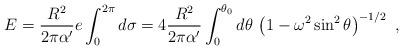
LaTeX: \begin{align*}E = {R^2\over 2 \pi\alpha'} e \int_0^{2\pi} d\sigma = 4 {R^2\over 2 \pi \alpha'} \int_0^{\theta_0} d\theta \, \left (1 - \omega^2 \sin^2\theta \right )^{-1/2}\ ,\end{align*}